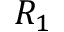
R _ { 1 }